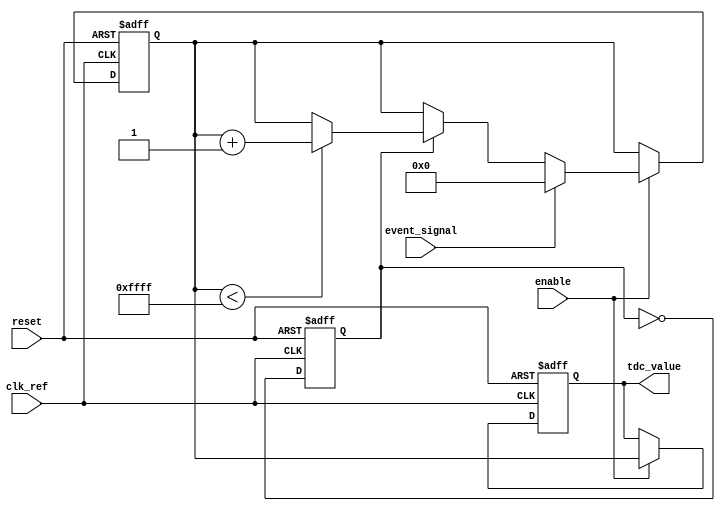
module TDC_PLL (
    input wire clk_ref,          // Reference clock input
    input wire event_signal,     // Input event signal to be measured
    output reg [15:0] tdc_value, // Digital output for time interval
    input wire reset,            // Asynchronous reset
    input wire enable            // TDC enable signal
);

// Parameters
parameter VCO_FREQ = 100; // Example VCO frequency in MHz
parameter COUNTER_MAX = 65535; // Max value for the counter

// Internal signals
reg vco_clk;                   // VCO clock output
reg [15:0] counter;            // Counter for measuring time intervals
reg phase_error;               // Output from phase detector
reg vco_ctrl;                  // Control signal for VCO
reg [15:0] phase_diff;         // Phase difference measurement

// PLL Simulation (Basic Structure)
always @(posedge clk_ref or posedge reset) begin
    if (reset) begin
        vco_clk <= 0;
        vco_ctrl <= 0;
    end else begin
        // Simple VCO Control Logic
        vco_ctrl <= phase_error; // Control signal based on phase error
        // Generate VCO clock based on control signal
        vco_clk <= ~vco_clk; // Toggle clock for simulation purpose
    end
end

// Phase Detector (Simple Implementation)
always @(posedge event_signal or posedge reset) begin
    if (reset) begin
        phase_error <= 0;
    end else begin
        // Measure phase difference (simple edge detection)
        if (vco_clk) begin
            phase_diff <= phase_diff + 1; // Increment phase difference
        end
        phase_error <= phase_diff; // Output phase error
    end
end

// Loop Filter (Simple First Order)
always @(posedge clk_ref or posedge reset) begin
    if (reset) begin
        tdc_value <= 0;
        counter <= 0;
    end else if (enable) begin
        if (event_signal) begin
            // Capture the time interval
            counter <= 0; // Reset counter on event
        end else if (vco_clk) begin
            // Count the clock cycles between the event and vco_clk
            if (counter < COUNTER_MAX) begin
                counter <= counter + 1;
            end
        end
        // Assign the counter value to tdc_value
        tdc_value <= counter; // Store the measured digital value
    end
end

endmodule